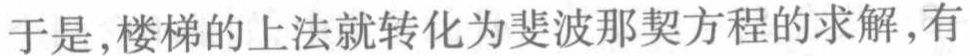
于是,楼梯的上法就转化为斐波那契方程的求解,有